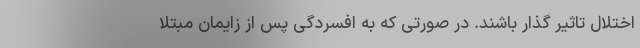
اختلال تاثیر گذار باشند. در صورتی که به افسردگی پس از زایمان مبتلا